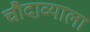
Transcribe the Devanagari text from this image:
चौदाव्याला